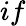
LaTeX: if